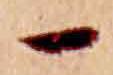
一